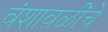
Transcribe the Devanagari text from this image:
वंशावळींचे